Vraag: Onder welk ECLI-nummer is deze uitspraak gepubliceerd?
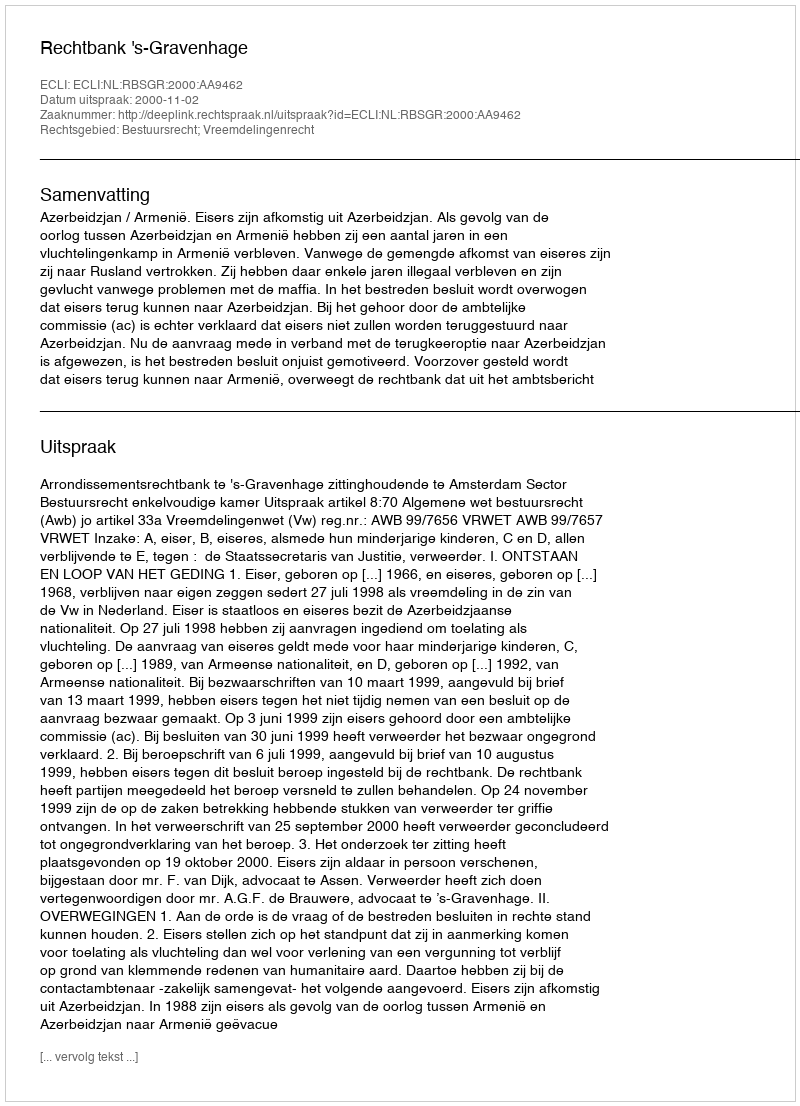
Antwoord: ECLI:NL:RBSGR:2000:AA9462